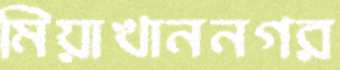
মিয়াখাননগর